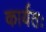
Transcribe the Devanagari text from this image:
कार्यतः